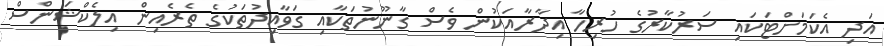
އަދި އެކަމަށްޓަކައި ސަރުކާރުގެ ހުރިހާ އިދާރާއަކުން ވެސް ގާނޫނުތަކާއި ގަވާއިދުތަކުގެ ތެރެއިން އިލެކްޝަންސް